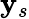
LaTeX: \mathbf{y}_{s}